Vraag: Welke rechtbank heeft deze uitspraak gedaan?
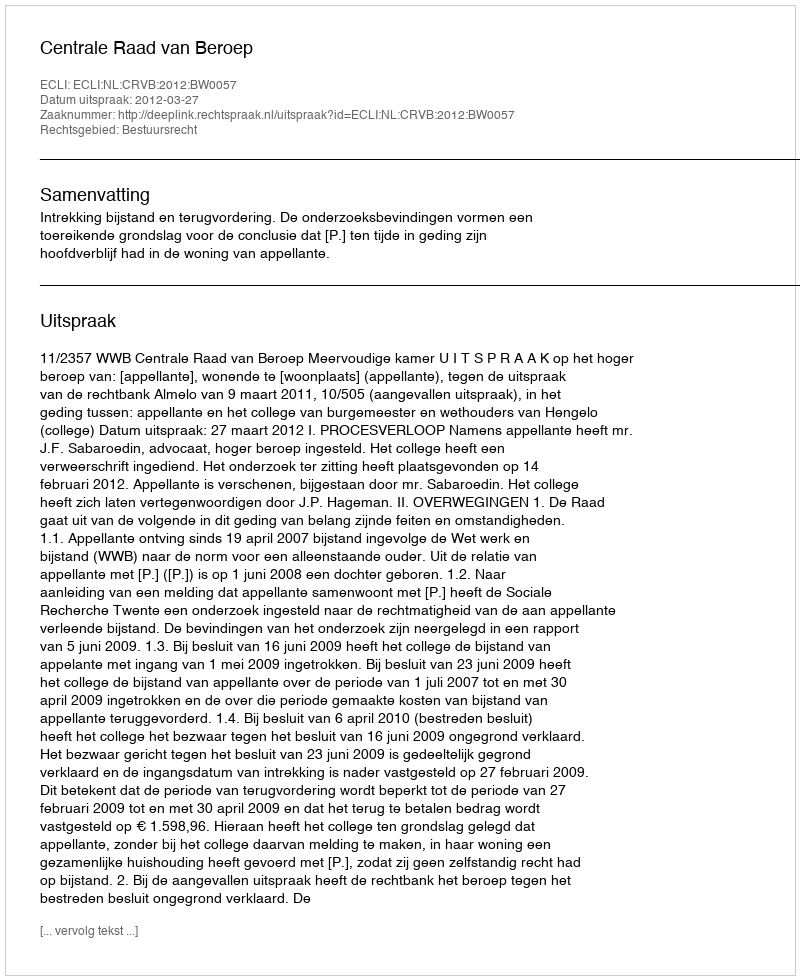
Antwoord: Centrale Raad van Beroep